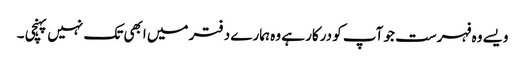
ویسے وہ فہرست جو آپ کو درکار ہے وہ ہمارے دفتر میں ابھی تک نہیں پہنچی ۔